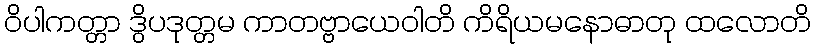
ဝိပါကတ္တာ ဒွိပဒုတ္တမ ကာတဗ္ဗာယေဝါတိ ကိရိယမနောဓာတု ထလောတိ